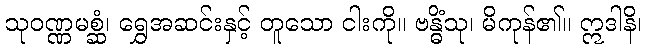
သုဝဏ္ဏမစ္ဆံ၊ ရွှေအဆင်းနှင့် တူသော ငါးကို။ ဗန္ဓိံသု၊ မိကုန်၏။ ဣဒါနိ၊